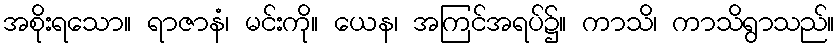
အစိုးရသော။ ရာဇာနံ၊ မင်းကို။ ယေန၊ အကြင်အရပ်၌။ ကာသိ၊ ကာသိရွာသည်။